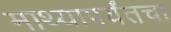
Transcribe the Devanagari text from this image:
माथ्यापर्यंतचा